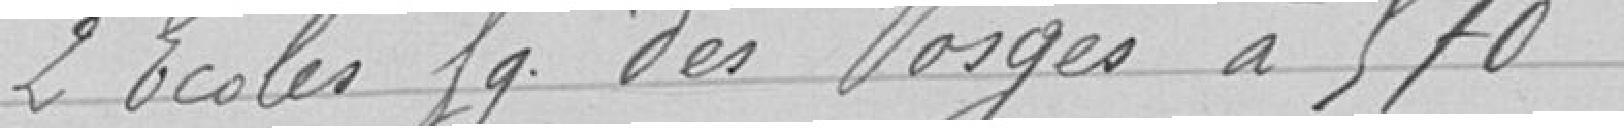
2 Ecoles faubourg des Vosges à 570